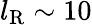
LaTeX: l_{\mathrm{R}}\sim 10